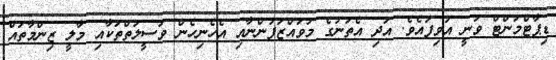
ޑިޕާޓްމަންޓް ވަނީ އުވިފައެވެ. އަދި އެތަނުގެ މުވައްޒަފުންނާއި އެހެނިހެން ވަސީލަތްތަކާއި މާލީ ޒިންމާތައް